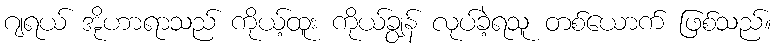
ဂျရယ် အိုဟာရာသည် ကိုယ့်ထူး ကိုယ်ချွန် လုပ်ခဲ့ရသူ တစ်ယောက် ဖြစ်သည်။